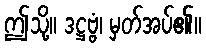
ဤသို့။ ဒဋ္ဌဗ္ဗံ၊ မှတ်အပ်၏။